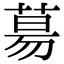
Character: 𦳝